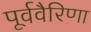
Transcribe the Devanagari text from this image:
पूर्ववैरिणा